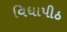
વિધાપીઠ